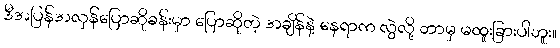
ဒီအပြန်အလှန်ပြောဆိုခန်းမှာ ပြောဆိုတဲ့ အချိန်နဲ့ နေရာက လွဲလို့ ဘာမှ မထူးခြားပါဘူး။